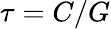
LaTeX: \tau=C/G